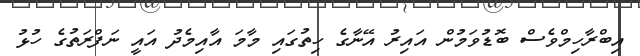
އިބްރާހިމްވެސް ބޮޑުވަމުން އައިރު އޭނާގެ ހިތުގައި މާމަ އާއިމެދު އައީ ނަފްރަތުގެ ހުޅު